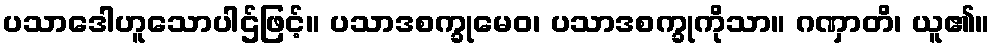
ပသာဒေါဟူသောပါဌ်ဖြင့်။ ပသာဒစက္ခုမေဝ၊ ပသာဒစက္ခုကိုသာ။ ဂဏှာတိ၊ ယူ၏။